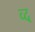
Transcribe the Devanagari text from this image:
व्द